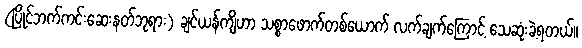
(ပြိုင်ဘက်ကင်းဆေးနတ်ဘုရား) ချင်ယန်ကျိဟာ သစ္စာဖောက်တစ်ယောက် လက်ချက်ကြောင့် သေဆုံးခဲ့ရတယ်။